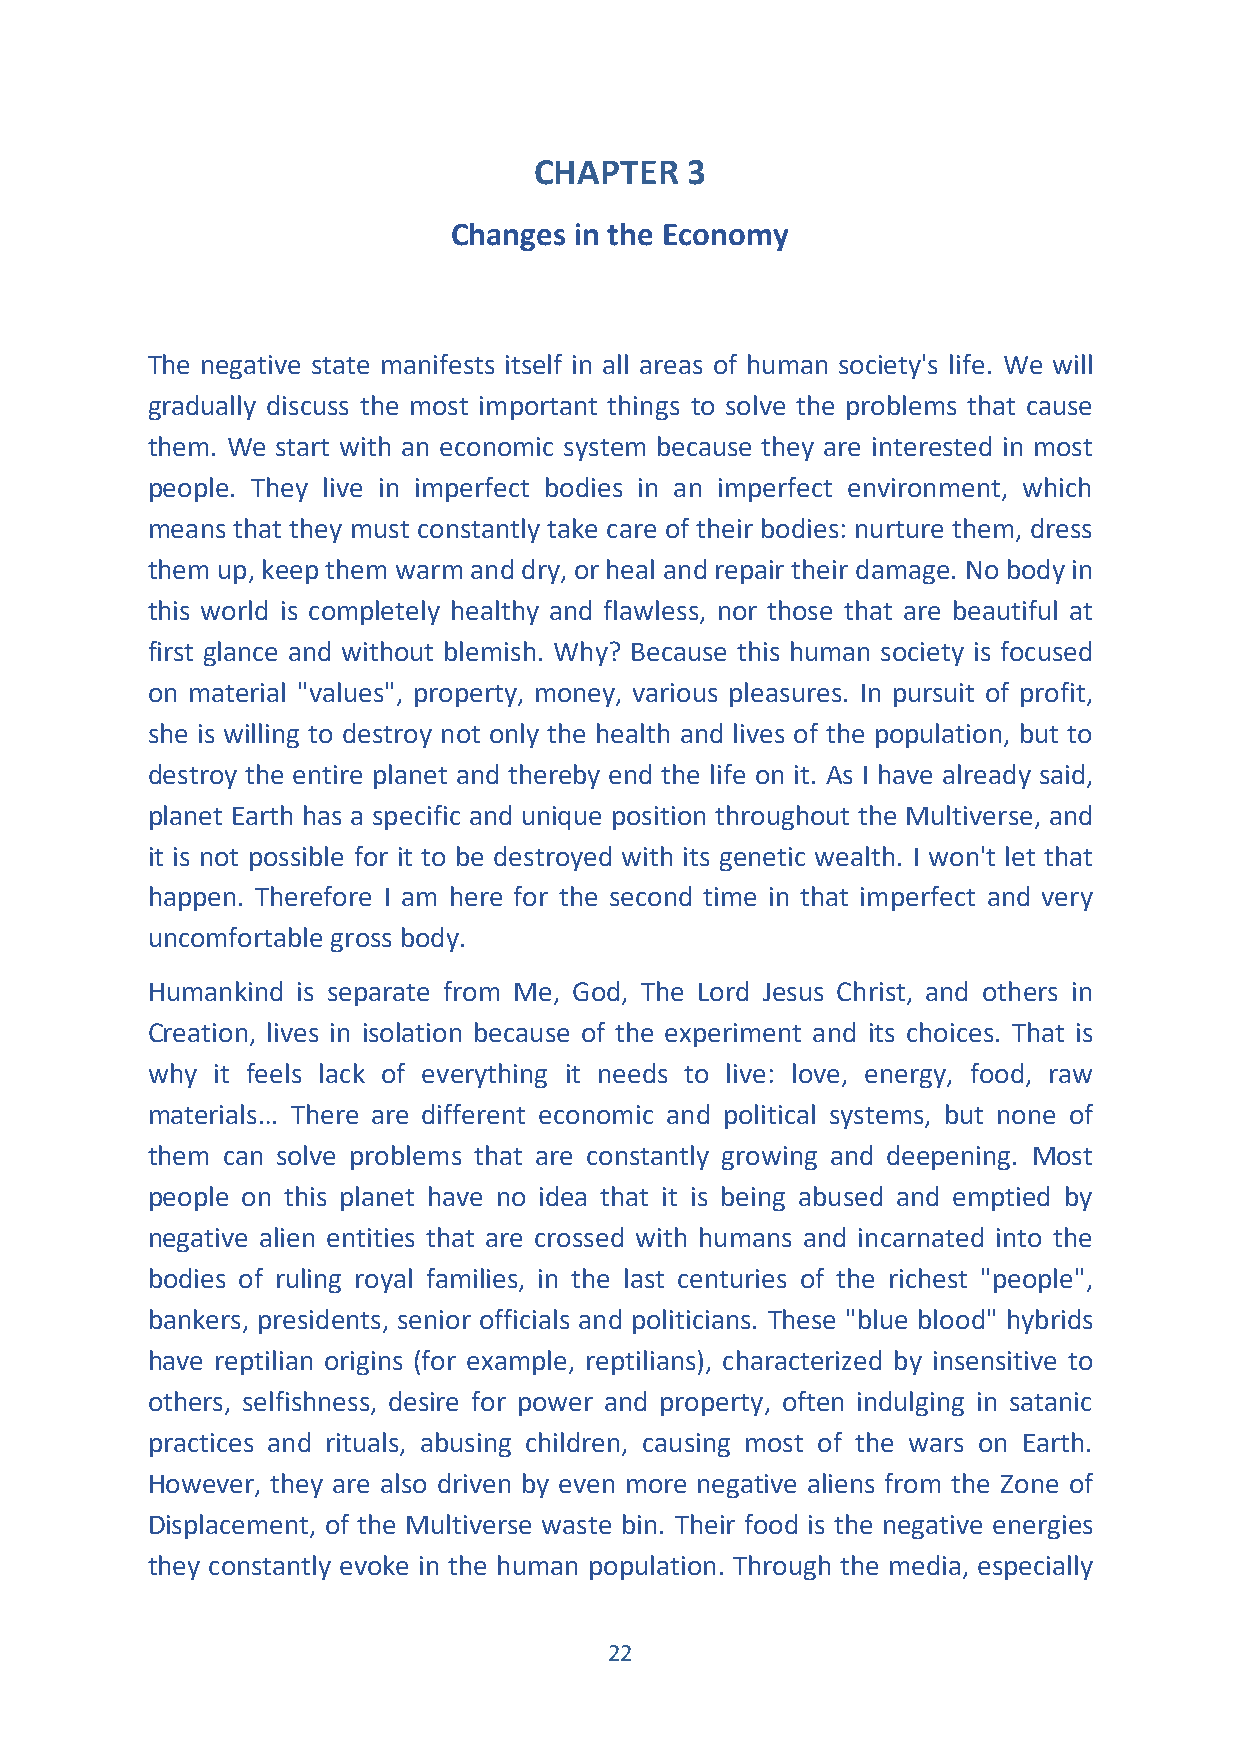
CHAPTER   3
 Changes in the Economy
 The negative state manifests itself in all areas of human society's life. We will
 gradually discuss the most important things to solve the problems that cause
 them. We start with an economic system because they are interested in most
 people. They live in imperfect bodies in an imperfect environment, which
 means that they must constantly take care of their bodies: nurture them, dress
 them up, keep them warm and dry, or heal and repair their damage. No body in
 this world is completely healthy and flawless, nor those that are beautiful at
 first glance and without blemish. Why? Because this human society is focused
 on material "values", property, money, various pleasures. In pursuit of profit,
 she is willing to destroy not only the health and lives of the population, but to
 destroy the entire planet and thereby end the life on it. As I have already said,
 planet Earth has a specific and unique position throughout the Multiverse, and
 it is not possible for it to be destroyed with its genetic wealth. I won't let that
 happen. Therefore I am here for the second time in that imperfect and very
 uncomfortable gross body.
 Humankind is separate from Me, God, The Lord Jesus Christ, and others in
 Creation, lives in isolation because of the experiment and its choices. That is
 why it feels lack of everything it needs to live: love, energy, food, raw
 materials… There are different economic and political systems, but none of
 them can solve problems that are constantly growing and deepening. Most
 people on this planet have no idea that it is being abused and emptied by
 negative alien entities that are crossed with humans and incarnated into the
 bodies of ruling royal families, in the last centuries of the richest "people",
 bankers, presidents, senior officials and politicians. These "blue blood" hybrids
 have reptilian origins (for example, reptilians), characterized by insensitive to
 others, selfishness, desire for power and property, often indulging in satanic
 practices and rituals, abusing children, causing most of the wars on Earth.
 However, they are also driven by even more negative aliens from the Zone of
 Displacement, of the Multiverse waste bin. Their food is the negative energies
 they constantly evoke in the human population. Through the media, especially
 22